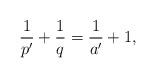
LaTeX: \begin{align*}\frac{1}{p'}+\frac{1}{q}=\frac{1}{a'}+1,\end{align*}